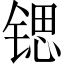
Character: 锶